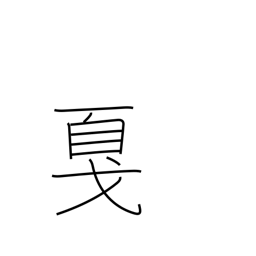
Meaning: halberd